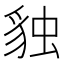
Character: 𧳃